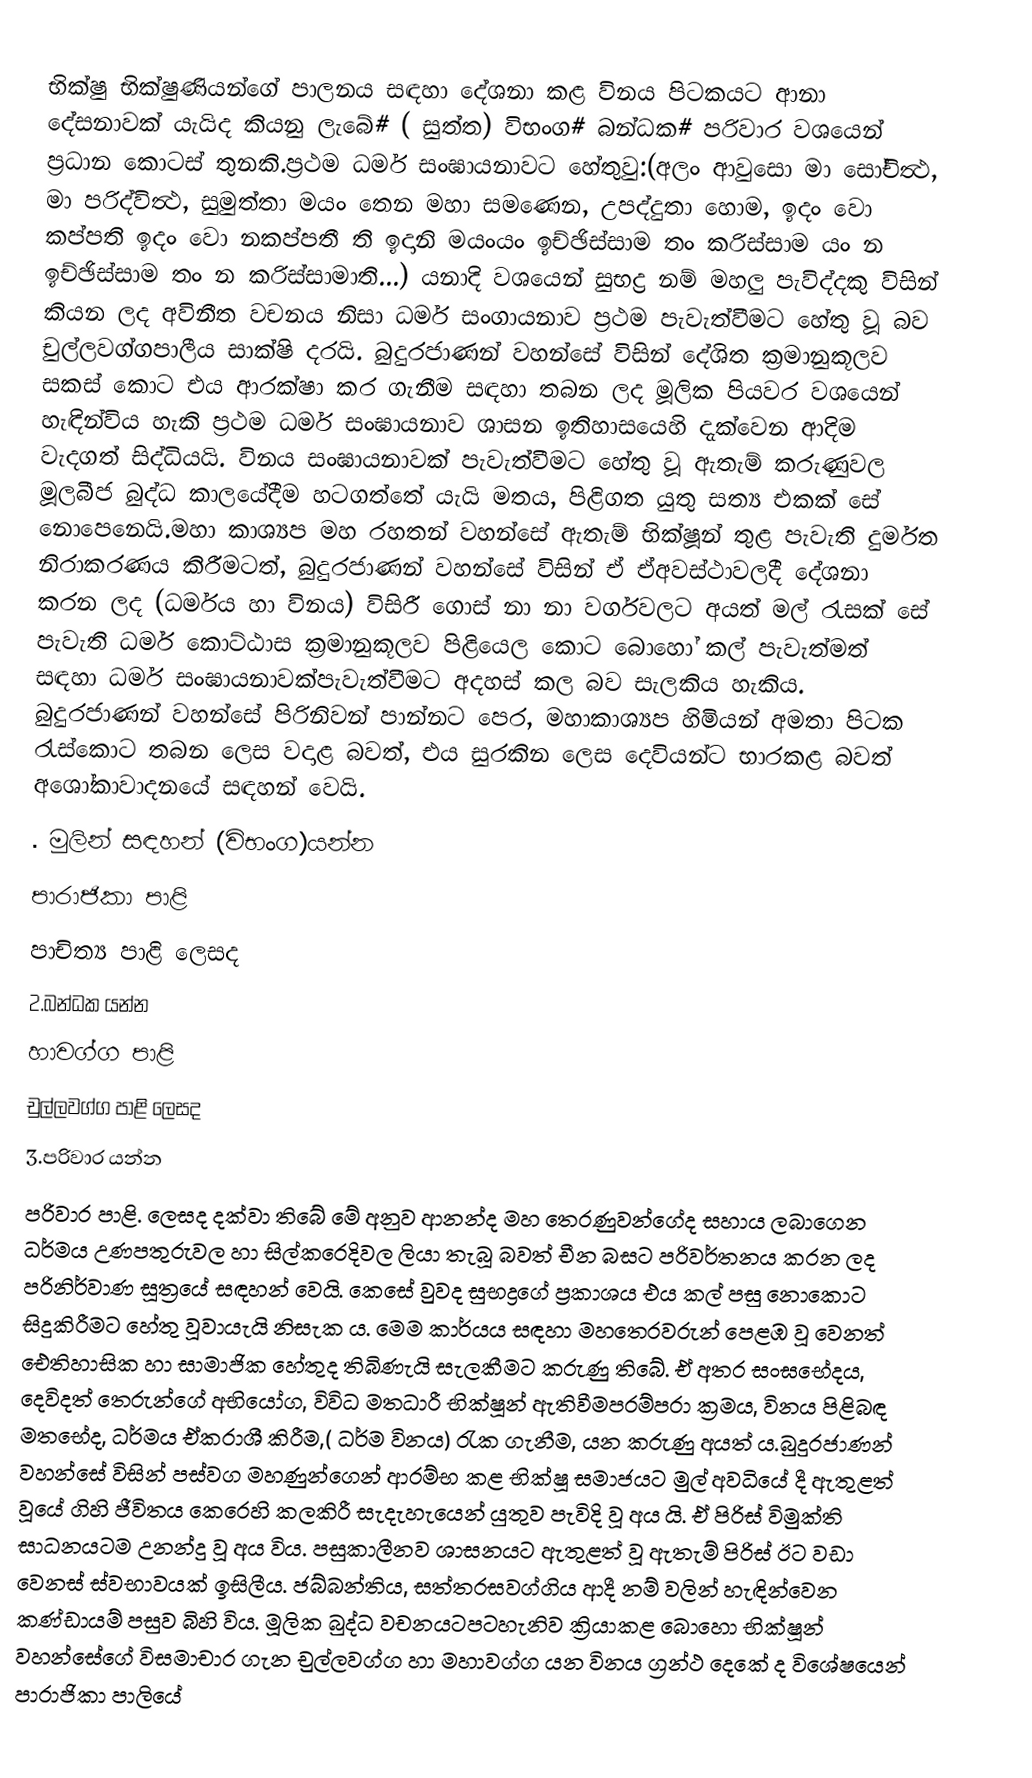
භික්ෂු භික්ෂුණියන්ගේ පාලනය සඳහා ‍දේශනා කළ  විනය පිටකයට ආනා ‍දේසනාවක් යැයිද කියනු ලැබේ‍‍# ( සුත්ත) විභංග# බන්ධක# පරිවාර වශයෙන් ප්‍රධාන කොටස් තුනකි.ප්‍රථම ධර්ම සංඝායනා‍වට හේතුවු:(අලං ආවුසො මා සෝචිත්‍ථ, මා පරිද්විත්‍ථ, සුමුත්තා මයං තෙන මහා සමණෙන, උපද්දුතා හොම, ඉදං වො කප්පති ඉදං ‍වො නකප්පතී ති ඉදානි මයංයං ඉච්ඡිස්සාම තං කරිස්සාම යං න ඉච්ඡිස්සාම තං න කරිස්සාමාති...) යනාදි වශයෙන් සුභද්‍ර නම් මහලු පැවිද්දකු විසින් කියන ලද අවිනීත වචනය නිසා ධර්ම සංගායනාව ප්‍රථම පැවැත්වීමට හේතු වූ බව චුල්ලවග්ගපාලීය සාක්ෂි දරයි. බුදුරජාණන් වහන්සේ විසින් දේශිත ක්‍රමානුකූලව සකස් කොට එය ආරක්ෂා කර ගැනීම සඳහා තබන ලද මූලික පියවර වශයෙන් හැඳින්විය හැකි ප්‍රථම ධර්ම සංඝායනාව ශාසන ඉතිහාසයෙහි දැක්වෙන ආදිම වැදගත් සිද්ධියයි. විනය සංඝායනාවක් පැවැත්වීමට හේතු වූ ඇතැම් කරුණුවල මූලබීජ බුද්ධ කාලයේදීම හටගත්තේ යැයි මතය, පිළිගත යුතු සත්‍ය එකක් සේ නොපෙනෙයි.මහා කාශ්‍යප මහ රහතන් වහන්සේ ඇතැම් භික්ෂූන් තුළ පැවැති දුර්මත නිරාකරණය කිරීමටත්, බුදුරජාණන් වහන්සේ විසින් ඒ ඒඅවස්ථාවලදී දේශනා කරන ලද (ධර්මය හා විනය) විසිරී ගොස් නා නා වර්ගවලට අයත් මල් රැසක් සේ පැවැති ධර්ම කොට්ඨාස ක්‍රමානුකූලව පිළියෙල කොට බොහෝ කල් පැවැත්මත් සඳහා ධර්ම සංඝායනාවක්පැවැත්වීමට අදහස් කල බව සැලකිය හැකිය. බුදුරජාණන් වහන්සේ පිරිනිවන් පාන්නට පෙර, මහාකාශ්‍යප හිමියන් අමතා පිටක රැස්කොට තබන ලෙස වදාළ බවත්, එය සුරකින ලෙස දෙවියන්ට භාරකළ බවත් අශෝකාවාදනයේ සඳහන් වෙයි.
. මුලින් සඳහන්  (විභංග)යන්න
 පාරාජිකා පාළි
පාචිත්‍ය  පාළි  ලෙසද
2.බන්ධක යන්න
හාවග්ග පාළි
චුල්ලවග්ග පාළි ලෙසද
3.පරිවාර යන්න
පරිවාර පාළි. ලෙසද දක්වා තිබේ මේ අනුව ආනන්ද මහ තෙරණුවන්ගේද සහාය ලබාගෙන ධර්මය උණපතුරුවල හා සිල්කරෙදිවල ලියා තැබූ බවත් චීන බසට පරිවර්තනය කරන ලද පරිනිර්වාණ සූත්‍රයේ සඳහන් වෙයි. කෙසේ වුවද සුභද්‍රගේ ප්‍රකාශය එය කල් පසු නොකොට සිදුකිරීමට හේතු වූවායැයි නිසැක ය. මෙම කාර්යය සඳහා මහතෙරවරුන් පෙළඹ වූ වෙනත් ඓතිහාසික හා සාමාජික හේතුද තිබිණැයි සැලකීමට කරුණු තිබේ. ඒ අතර සංඝභේදය, දෙවිදත් තෙරුන්ගේ අභියෝග, විවිධ මතධාරී භික්ෂූන් ඇතිවීමපරම්පරා ක්‍රමය, විනය පිළිබඳ මතභේද, ධර්මය ඒකරාශී කිරීම,( ධර්ම විනය) රැක ගැනීම, යන කරුණු අයත් ය.බුදුරජාණන් වහන්සේ විසින් පස්වග මහණුන්ගෙන් ආරම්භ කළ භික්ෂූ සමාජයට මුල් අවධියේ දී ඇතුළත් වූයේ ගිහි ජීවිතය කෙරෙහි කලකිරී සැදැහැයෙන් යුතුව පැවිදි වූ අය යි. ඒ පිරිස් විමුක්ති සාධනයටම උනන්දු වූ අය විය. පසුකාලීනව ශාසනයට ඇතුළත් වූ ඇතැම් පිරිස් ඊට වඩා වෙනස් ස්වභාවයක් ඉසිලීය. ජබ්බන්තිය, සත්තරසවග්ගිය ආදී නම් වලින් හැඳින්වෙන කණ්ඩායම් පසුව බිහි විය. මූලික බුද්ධ වචනයටපටහැනිව ක්‍රියාකළ බො‍හො භික්ෂූන් වහන්සේගේ විසමාචාර ගැන චුල්ලවග්ග හා මහාවග්ග යන විනය ග්‍රන්ථ දෙකේ ද විශේෂයෙන් පාරාජිකා පාලියේ